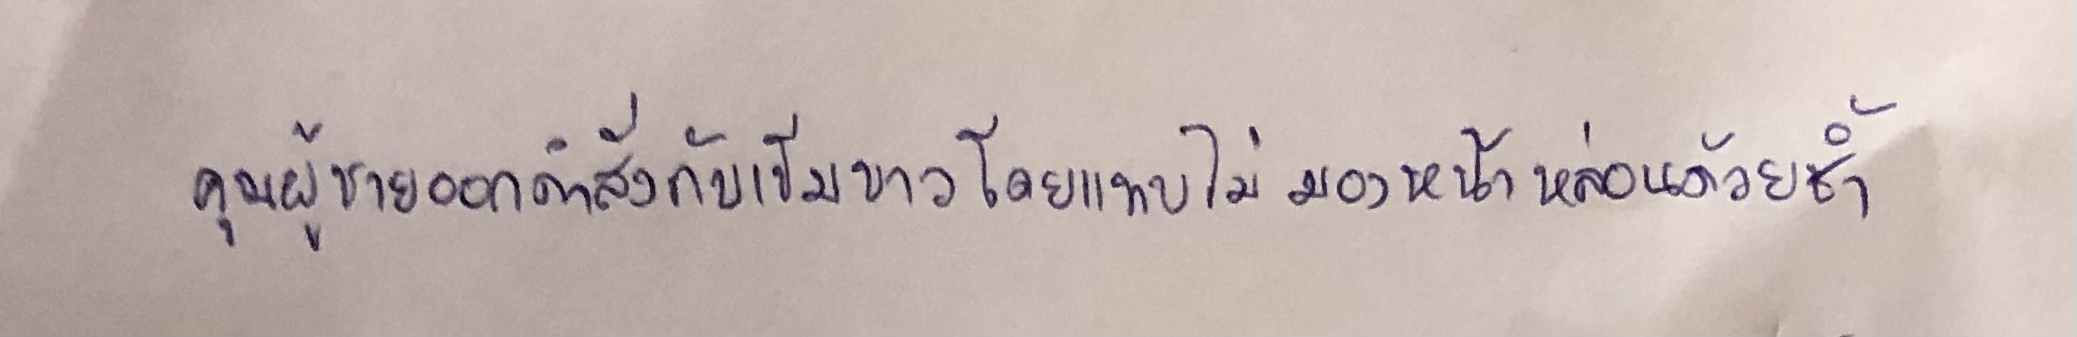
คุณผู้ชายออกคำสั่งกับเข็มขาวโดยแทบไม่มองหน้าหล่อนด้วยซ้ำ